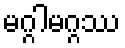
မဂ္ဂါမဂ္ဂဿ